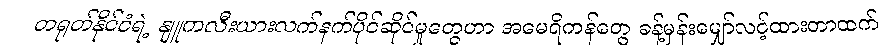
တရုတ်နိုင်ငံရဲ့ နျူကလီးယားလက်နက်ပိုင်ဆိုင်မှုတွေဟာ အမေရိကန်တွေ ခန့်မှန်းမျှော်လင့်ထားတာထက်